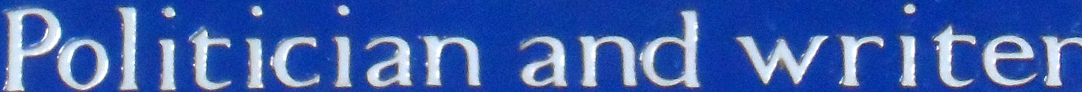
Politician and writer